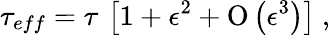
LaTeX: \tau_{eff}=\tau\, \left[1+\epsilon^{2}+\mathrm{O}\left(\epsilon^{3}\right)\right]~,